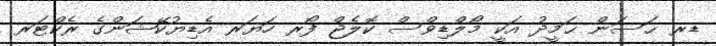
ޑރ ޙަސަން ޙަމީދު އަކީ މޯލްޑިވްސް ކޮލެޖް ފޯރ ހަޔަރ އެޑިޔުކޭޝަންގެ ރެކްޓަރ